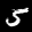
Label: 5